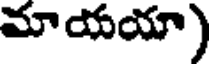
మాయయా)